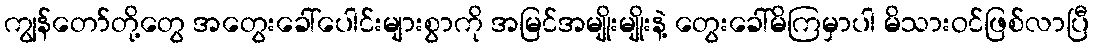
ကျွန်တော်တို့တွေ အတွေးခေါ်ပေါင်းများစွာကို အမြင်အမျိုးမျိုးနဲ့ တွေးခေါ်မိကြမှာပါ မိသားဝင်ဖြစ်လာပြီ